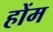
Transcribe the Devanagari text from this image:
होंम